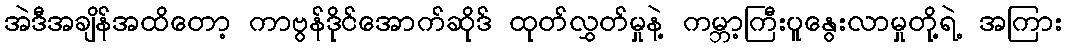
အဲဒီအချိန်အထိတော့ ကာဗွန်ဒိုင်အောက်ဆိုဒ် ထုတ်လွှတ်မှုနဲ့ ကမ္ဘာ့ကြီးပူနွေးလာမှုတို့ရဲ့ အကြား